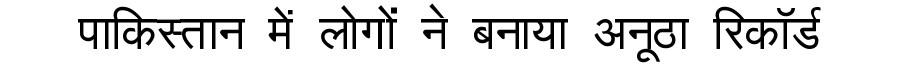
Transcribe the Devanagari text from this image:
पाकिस्तान में लोगों ने बनाया अनूठा रिकॉर्ड